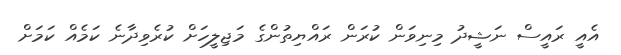
އެއީ ރައީސް ނަޝީދު މިނިވަން ކުރަން ރައްޔިތުންގެ މަޖިލީހަށް ކުރެވިދާނެ ކަމެއް ކަމަށް